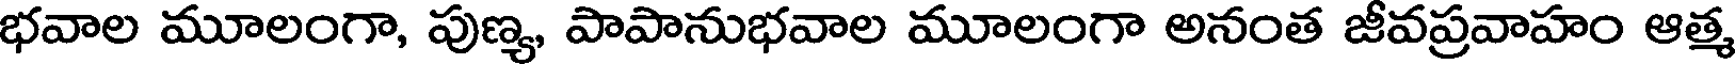
భవాల మూలంగా, పుణ్య, పాపానుభవాల మూలంగా అనంత జీవప్రవాహం ఆత్మ